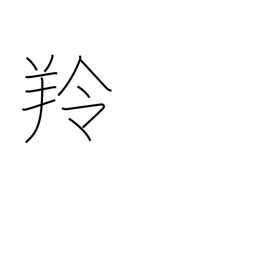
Meaning: antelope